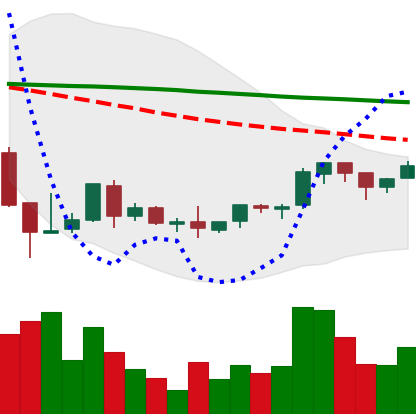
Ticker: BNB-USD
Chart end date: 2018-09-01
Forward return: -9.624%
Label: down_7plus